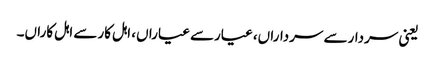
یعنی سردارسے سرداراں، عیارسے عیاراں، اہل کارسے اہل کاراں۔